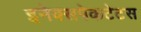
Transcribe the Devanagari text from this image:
इनेक्सपेकटेटस